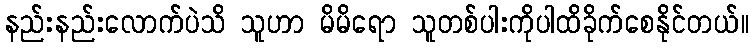
နည်းနည်းလောက်ပဲသိ သူဟာ မိမိရော သူတစ်ပါးကိုပါထိခိုက်စေနိုင်တယ်။